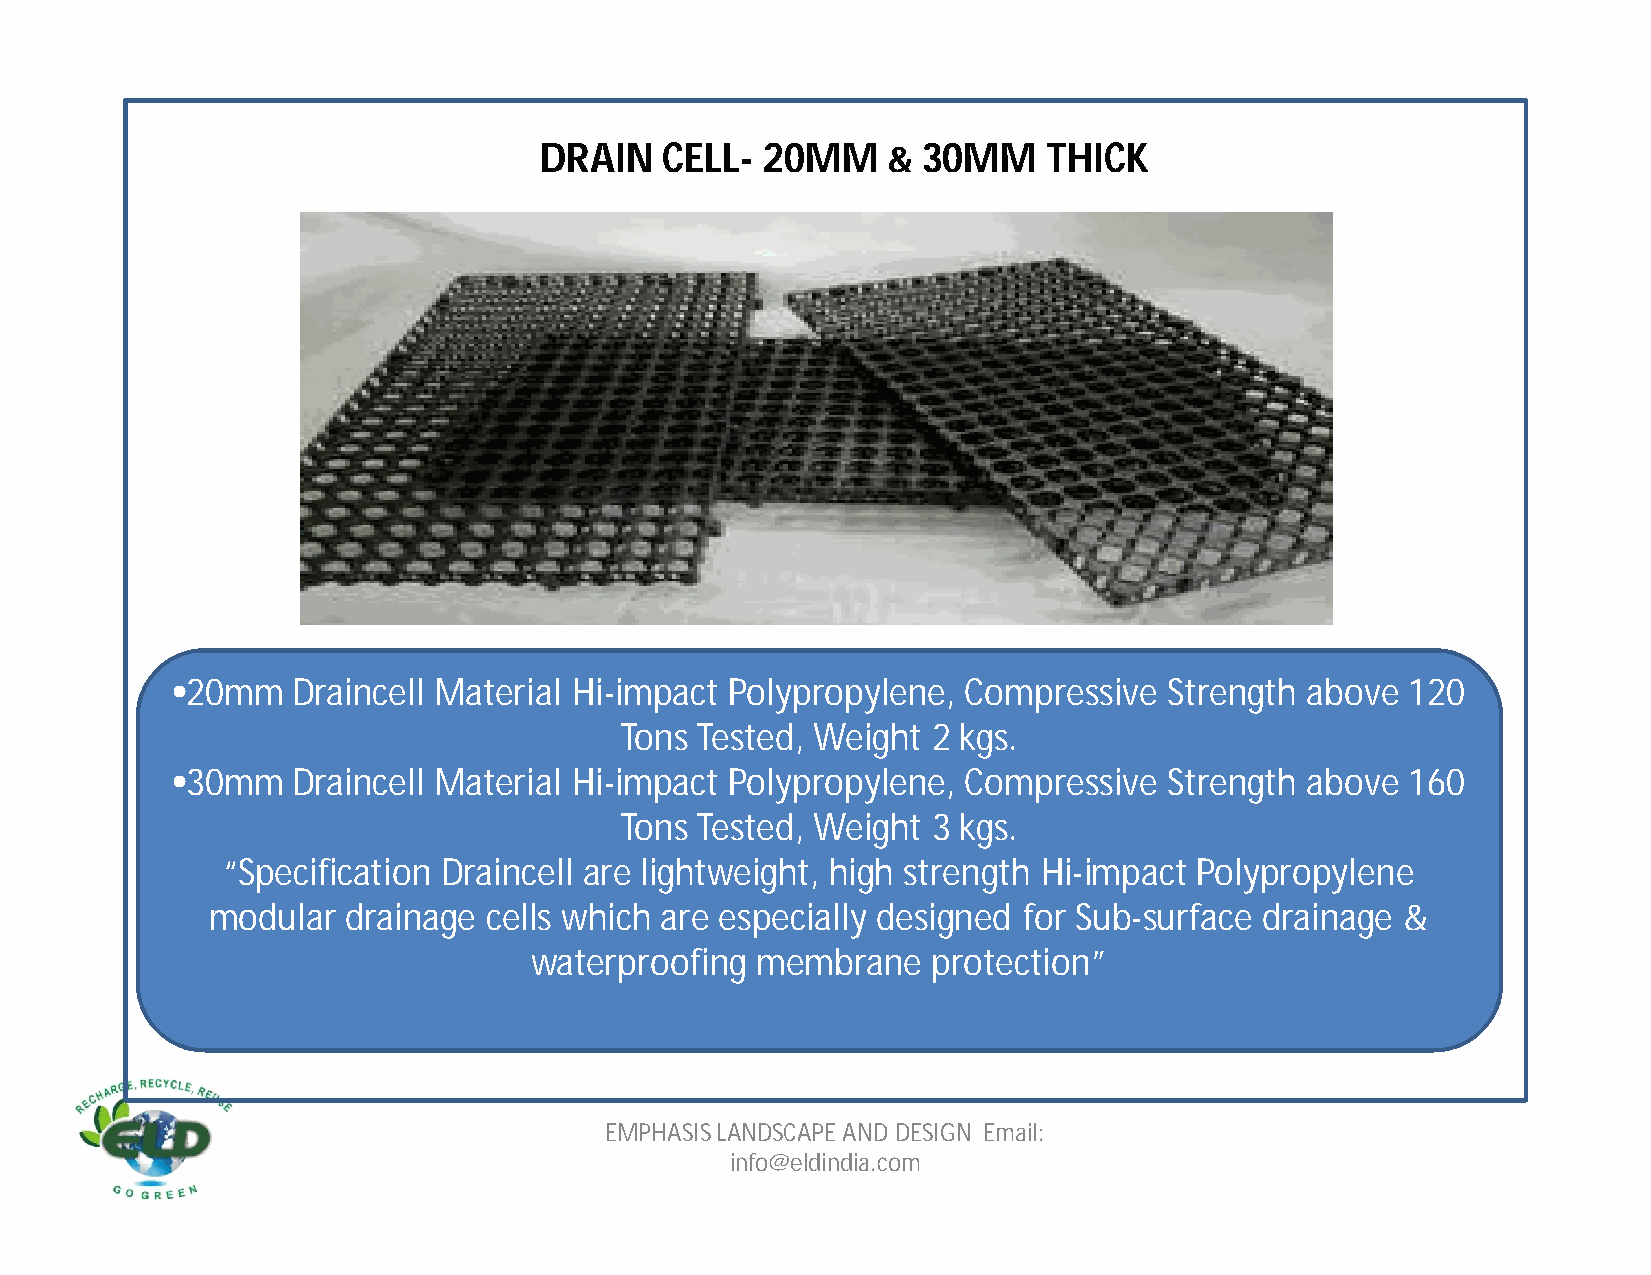
DRAIN   CELL- 20MM     & 30MM    THICK
 •20mm   Draincell Material Hi-impact Polypropylene,  Compressive  Strength above  120
 Tons Tested, Weight  2 kgs.
 •30mm   Draincell Material Hi-impact Polypropylene,  Compressive  Strength above  160
 Tons Tested, Weight  3 kgs.
 “Specification Draincell are lightweight, high strength Hi-impact Polypropylene
 modular  drainage cells which are especially designed for Sub-surface drainage &
 waterproofing  membrane    protection”
 EMPHASIS LANDSCAPE AND DESIGN Email:
 info@eldindia.com